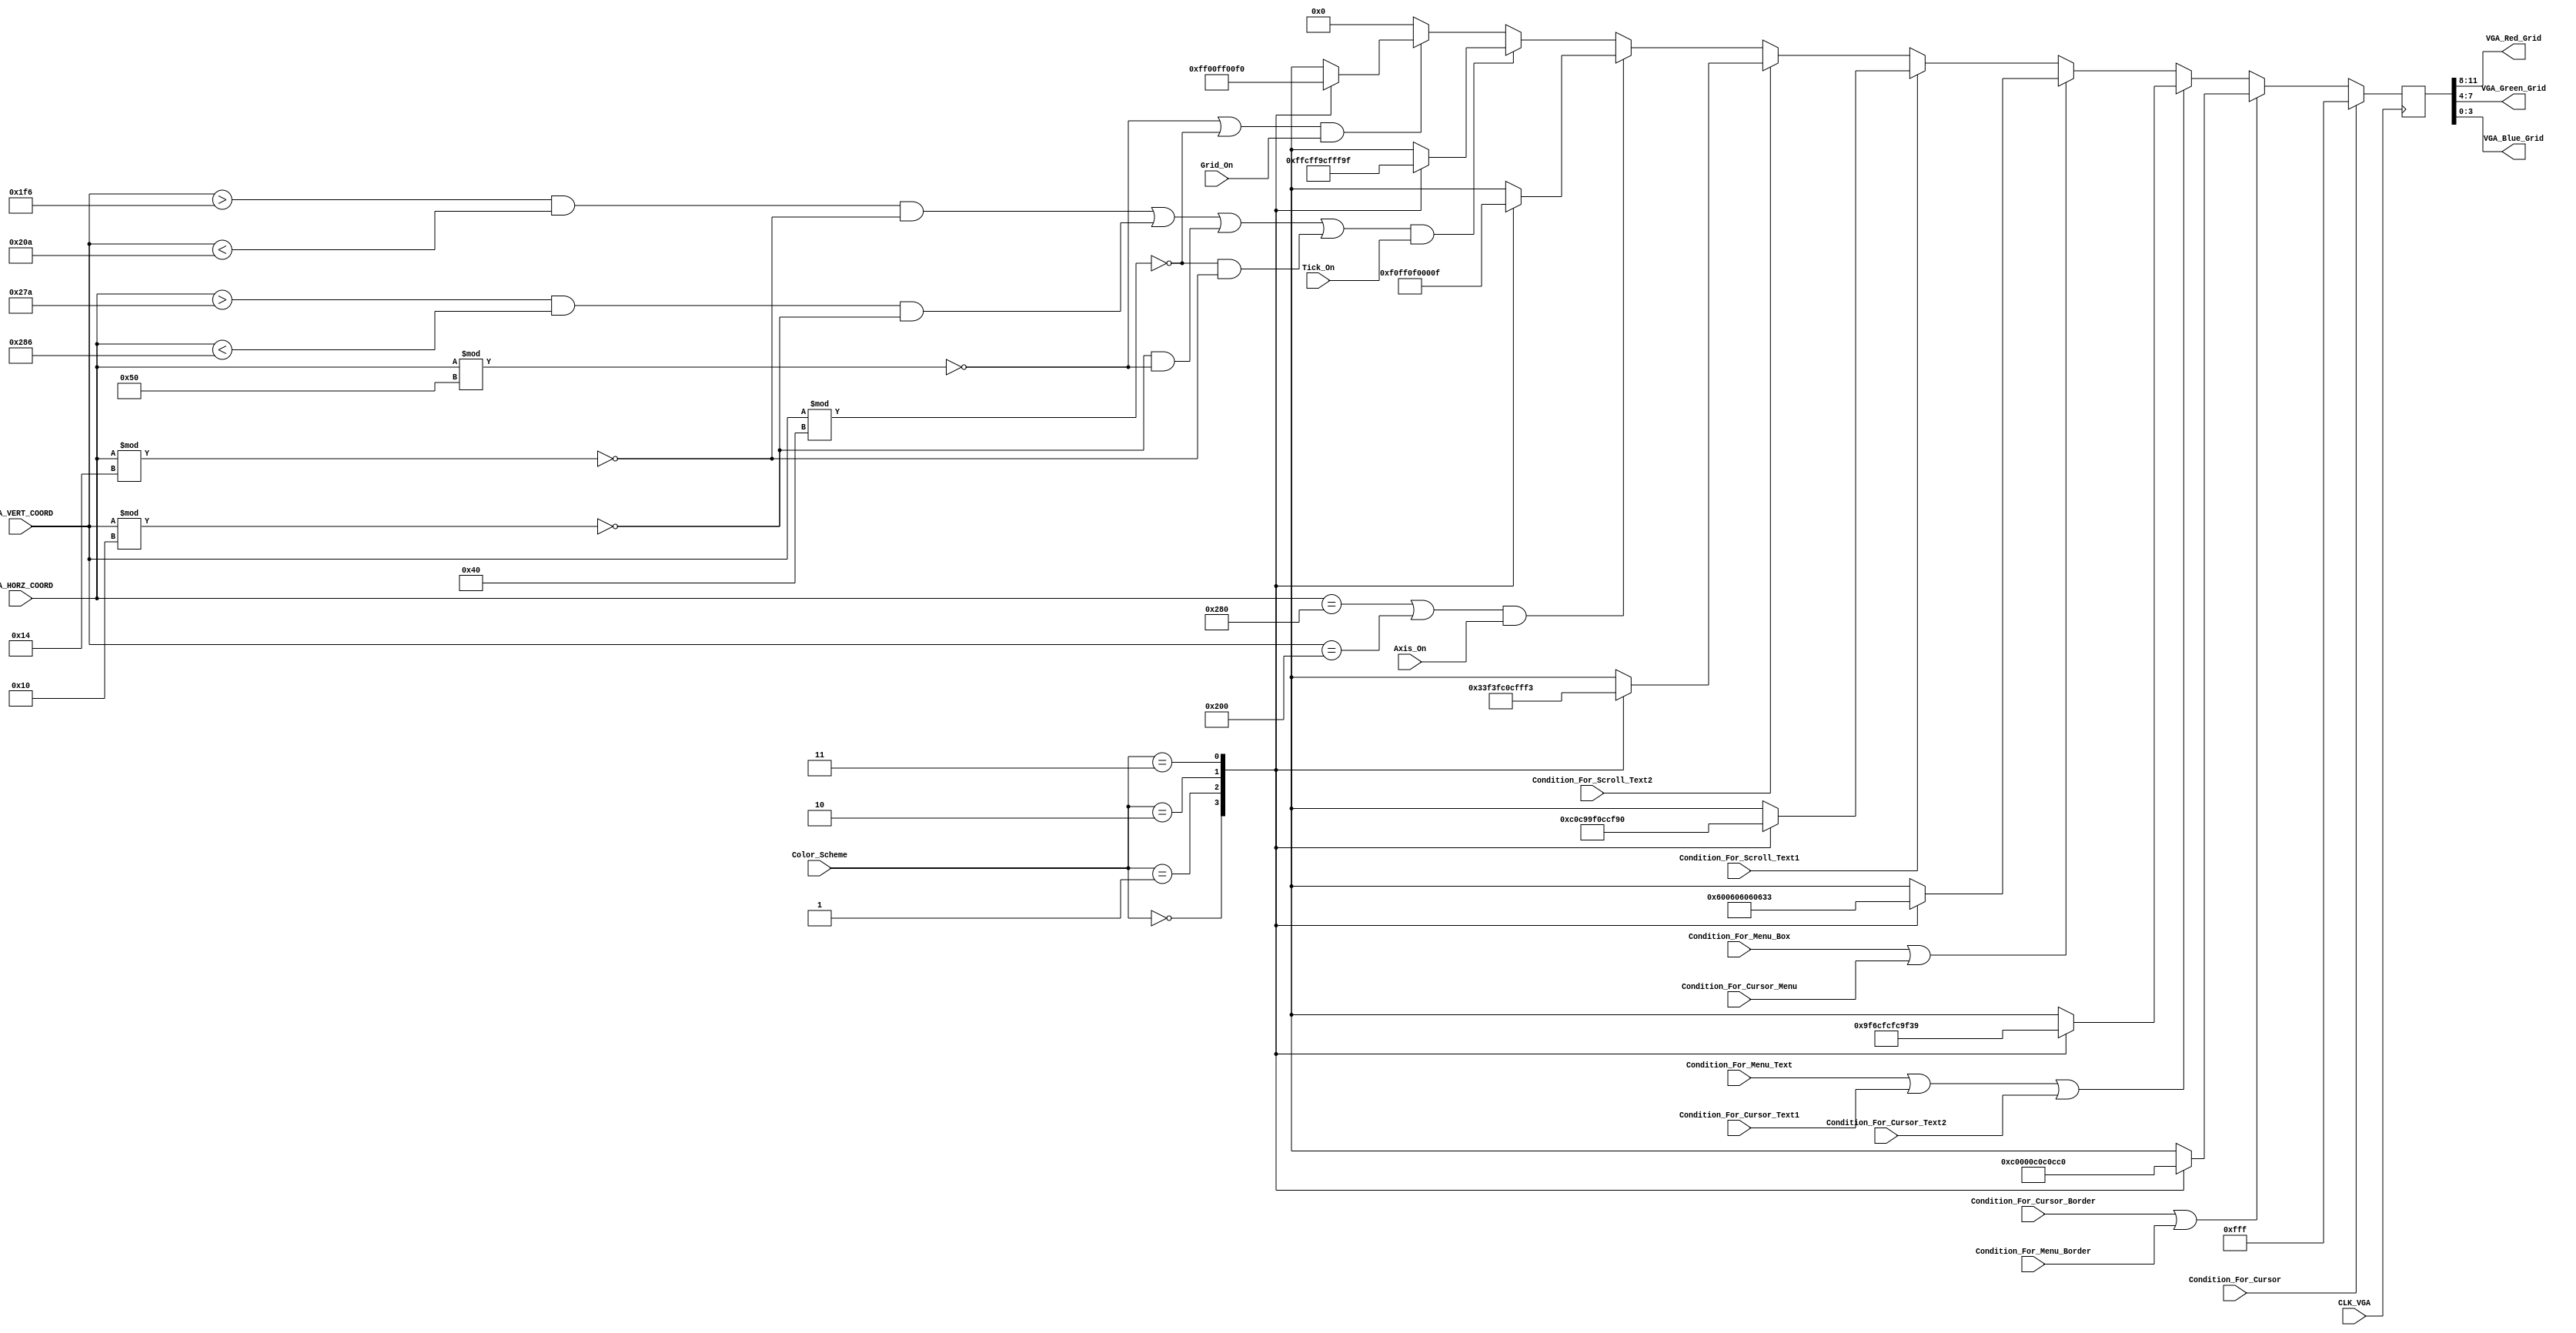
`timescale 1ns / 1ps
//////////////////////////////////////////////////////////////////////////////////
//-------------------------------------------------------------------------  
//                  DRAWING GRID LINES AND TICKS ON SCREEN
// Description:
// Grid lines are drawn at pixel # 320 along the x-axis, and
// pixel #768 along the y-axis

// Note the VGA controller is configured to produce a 1024 x 1280 pixel resolution
//-------------------------------------------------------------------------

//-------------------------------------------------------------------------
// TOOD:    Draw grid lines at every 80-th pixel along the horizontal axis, and every 64th pixel
//          along the vertical axis. This gives us a 16x16 grid on screen. 
//          
//          Further draw ticks on the central x and y grid lines spaced 16 and 8 pixels apart in the 
//          horizontal and vertical directions respectively. This gives us 5 sub-divisions per division 
//          in the horizontal and 8 sub-divisions per divsion in the vertical direction   
//-------------------------------------------------------------------------  
  
//////////////////////////////////////////////////////////////////////////////////


module Draw_Background(
    input [11:0] VGA_HORZ_COORD,
    input [11:0] VGA_VERT_COORD,
    input CLK_VGA,
    input [1:0] Color_Scheme,
    
    input Axis_On, //4
    input Grid_On, //6
    input Tick_On, //5
    
    input Condition_For_Menu_Box, //3
    input Condition_For_Menu_Border, //2
    input Condition_For_Menu_Text, //3
     
    input Condition_For_Cursor, //1
    input Condition_For_Cursor_Menu, //3
    input Condition_For_Cursor_Border, //2
    input Condition_For_Cursor_Text1, //3
    input Condition_For_Cursor_Text2, //3
    
    input Condition_For_Scroll_Text1, //2
    input Condition_For_Scroll_Text2, //2
    
    output [3:0] VGA_Red_Grid,
    output [3:0] VGA_Green_Grid,
    output [3:0] VGA_Blue_Grid
    );
    
/* For drawin text using IEEE library
   res is condition_for_text
Pixel_On_Text2 #(.displayText("->")) pointer_01
       (CLK_VGA, POINTER_X, pointer_y, VGA_HORZ_COORD, VGA_VERT_COORD, res);
*/

    wire Condition_For_Axis = ((VGA_HORZ_COORD == 640) || (VGA_VERT_COORD == 512)) & Axis_On;
    
    wire Condition_For_Grid = ((VGA_HORZ_COORD % 80 == 0) || (VGA_VERT_COORD % 64 == 0)) & Grid_On;

    wire Condition_For_Ticks = (((VGA_VERT_COORD > 502 &&  VGA_VERT_COORD < 522 && (VGA_HORZ_COORD % 20 == 0)) || 
            (VGA_HORZ_COORD > 634 && VGA_HORZ_COORD < 646 && (VGA_VERT_COORD % 16 == 0))) | ((VGA_VERT_COORD % 16 == 0) && (VGA_HORZ_COORD % 80 == 0)) || 
                ((VGA_VERT_COORD % 64 == 0) && (VGA_HORZ_COORD % 20 == 0))) & Tick_On  ;     
                
    reg [11:0] colorHack;
    always @(posedge CLK_VGA)
    begin
    if (Condition_For_Cursor)
        begin
        colorHack = 12'hFFF;
        end
    else if (Condition_For_Cursor_Border | Condition_For_Menu_Border)
        begin
        case (Color_Scheme)
            0: colorHack = 12'hC00; //red
            1: colorHack = 12'h00C; //blue
            2: colorHack = 12'h0C0; //green
            3: colorHack = 12'hCC0; //greenish brown
        endcase
        end
    else if (Condition_For_Menu_Text | Condition_For_Cursor_Text1 | Condition_For_Cursor_Text2)
        begin
        case (Color_Scheme)
            0: colorHack = 12'h9F6; //light green
            1: colorHack = 12'hCFC; //close to white
            2: colorHack = 12'hFC9; //Peach
            3: colorHack = 12'hF39; //pink
        endcase
        end
        
    else if (Condition_For_Menu_Box | Condition_For_Cursor_Menu)
        begin
        case (Color_Scheme)
            0: colorHack = 12'h600; //dark red
            1: colorHack = 12'h606; //dark purple
            2: colorHack = 12'h060; //dark green
            3: colorHack = 12'h633; //ugly color
        endcase
        end
    else if (Condition_For_Scroll_Text1)
        begin
        case (Color_Scheme)
            0: colorHack = 12'hC0C; //purple
            1: colorHack = 12'h99F; //light blue-purple
            2: colorHack = 12'h0CC; //greeny turquoise
            3: colorHack = 12'hF90; //Orange
        endcase
        end
    else if (Condition_For_Scroll_Text2)
        begin
        case (Color_Scheme)
            0: colorHack = 12'h33F; //blue
            1: colorHack = 12'h3FC; //light greeny turquoise
            2: colorHack = 12'h0CF; //darker sky blue
            3: colorHack = 12'hFF3; //Yellow
        endcase
        end
    else if (Condition_For_Axis)
        begin
        case (Color_Scheme)
            0: colorHack = 12'h0F0; //green
            1: colorHack = 12'hFF0; //greenish brown
            2: colorHack = 12'hF00; //red
            3: colorHack = 12'h00F; //blue
        endcase
        end
    else if (Condition_For_Ticks)
        begin
        case (Color_Scheme)
            0: colorHack = 12'hFFC; //close to white
            1: colorHack = 12'hFF9; //close to white
            2: colorHack = 12'hCFF; //close to white
            3: colorHack = 12'hF9F; //close to white
        endcase
        end
    else if (Condition_For_Grid)
        begin
        case (Color_Scheme)
            0: colorHack = 12'h00F; //blue
            1: colorHack = 12'hF00; //red
            2: colorHack = 12'hFF0; //greenish brown
            3: colorHack = 12'h0F0; //green
        endcase
        end
    else
        begin
        colorHack = 12'h000;
        end
    end
   
// Using the gridline example, insert your code below to draw ticks on the x-axis and y-axis.
    assign VGA_Red_Grid = colorHack[11:8];
    assign VGA_Green_Grid = colorHack[7:4];
    assign VGA_Blue_Grid = colorHack[3:0];
     
endmodule